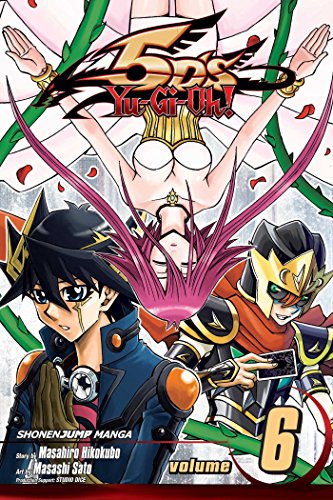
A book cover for Yu-Gi-Oh! 5D's, Vol. 6; Masahiro Hikokubo; Sports & Outdoors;